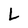
Character: L